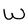
Character: W